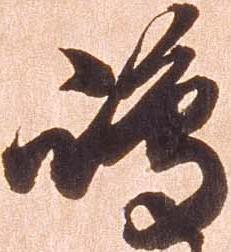
嶋